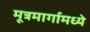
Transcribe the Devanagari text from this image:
मूत्रमार्गामध्ये